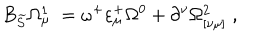
B _ { \widetilde { S } } \Omega _ { \mu \; } ^ { 1 } = \omega ^ { + } \varepsilon _ { \mu } ^ { + } \Omega ^ { 0 } + \partial ^ { \nu } \Omega _ { [ \nu \mu ] } ^ { 2 } \; ,